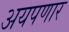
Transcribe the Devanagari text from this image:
अयपणार